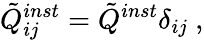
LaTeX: \tilde{Q}_{ij}^{inst}=\tilde{Q}^{inst}\delta_{ij}\ ,